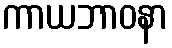
ကာယဘာဝနာ